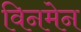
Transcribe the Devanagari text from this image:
विनमेन